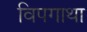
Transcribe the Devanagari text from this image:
विपगाथा